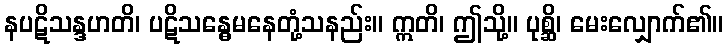
နပဋိသန္ဒဟတိ၊ ပဋိသန္ဓေမနေတုံ့သနည်း။ ဣတိ၊ ဤသို့။ ပုစ္ဆိ၊ မေးလျှောက်၏။